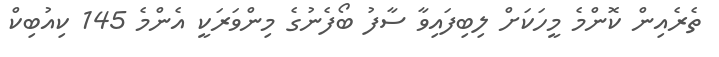
ތެރެއިން ކޮންމެ މީހަކަށް ލިބިފައިވާ ސާފު ބޯފެނުގެ މިންވަރަކީ އެންމެ 145 ކިއުބިކް